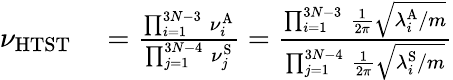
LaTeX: \begin{array}{rl}{\nu_{\mathrm{HTST}}}&{{}=\frac{\prod_{i=1}^{3N-3}\, \nu_{i}^{\mathrm{A}}}{\prod_{j=1}^{3N-4}\, \nu_{j}^{\mathrm{S}}}=\frac{\prod_{i=1}^{3N-3}\, \frac{1}{2\pi}\sqrt{\lambda_{i}^{\mathrm{A}}/m}}{\prod_{j=1}^{3N-4}\, \frac{1}{2\pi}\sqrt{\lambda_{i}^{\mathrm{S}}/m}}}\end{array}